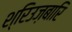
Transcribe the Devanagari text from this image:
श्रिउज़बारि